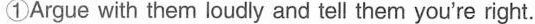
①Argue with them loudly and tell them you're right.